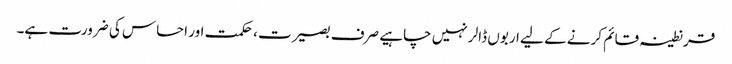
قرنطینہ قائم کرنے کے لیے اربوں ڈالر نہیں چاہیے صرف بصیرت ، حکمت اور احساس کی ضرورت ہے۔